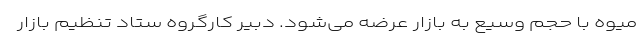
میوه با حجم وسیع به بازار عرضه می‌شود. دبیر کارگروه ستاد تنظیم بازار